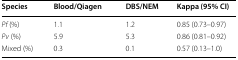
<table><thead><tr><td><b>Species</b></td><td><b>Blood/Qiagen</b></td><td><b>DBS/NEM</b></td><td><b>Kappa (95% CI)</b></td></tr></thead><tbody><tr><td><i>Pf</i> (%)</td><td>1.1</td><td>1.2</td><td>0.85 (0.73–0.97)</td></tr><tr><td><i>Pv</i> (%)</td><td>5.9</td><td>5.3</td><td>0.86 (0.81–0.92)</td></tr><tr><td>Mixed (%)</td><td>0.3</td><td>0.1</td><td>0.57 (0.13–1.0)</td></tr></tbody></table>